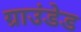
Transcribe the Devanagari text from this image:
ग्राउंडेड